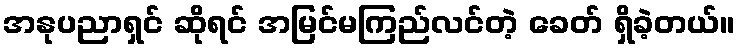
အနုပညာရှင် ဆိုရင် အမြင်မကြည်လင်တဲ့ ခေတ် ရှိခဲ့တယ်။